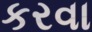
કરવા